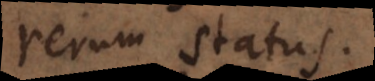
rerum status.